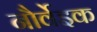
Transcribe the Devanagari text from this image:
नौर्वेइक